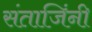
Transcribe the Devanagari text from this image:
संताजिंनी